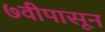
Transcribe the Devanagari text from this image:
७वीपासून